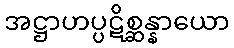
အဋ္ဌာဟပ္ပဋိစ္ဆန္နာယော